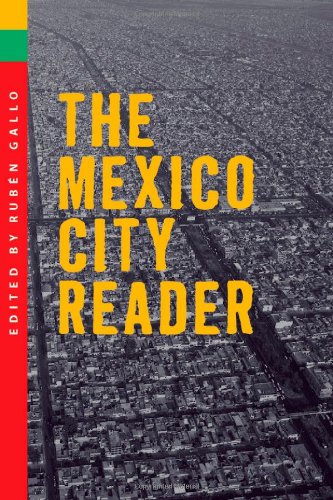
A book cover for The Mexico City Reader  (The Americas Series); Travel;